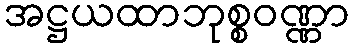
အဋ္ဌယထာဘုစ္စဝဏ္ဏာ